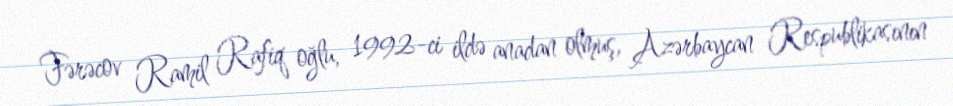
Fərəcov Ramil Rafiq oğlu, 1992-ci ildə anadan olmuş, Azərbaycan Respublikasının